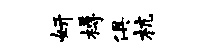
妍樽俱杭